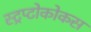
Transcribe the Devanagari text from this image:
स्ट्रप्टोकोकस